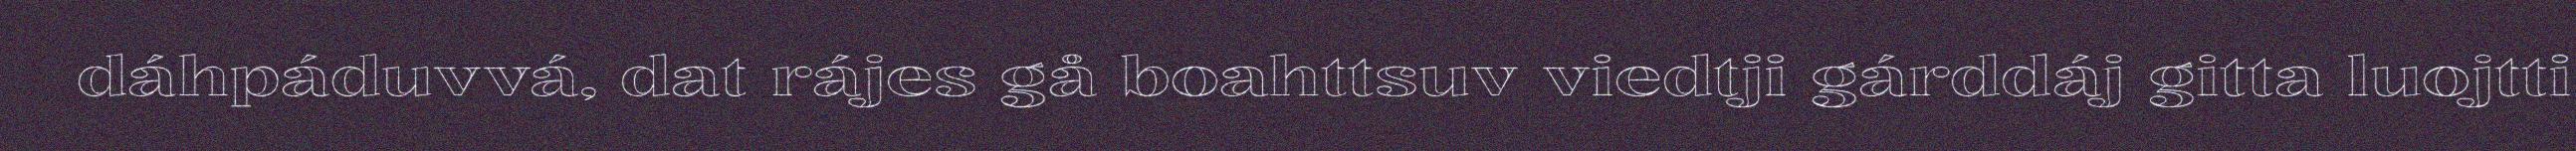
dáhpáduvvá, dat rájes gå boahttsuv viedtji gárddáj gitta luojtti